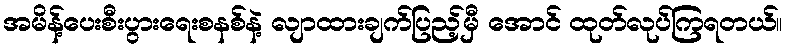
အမိန့်ပေးစီးပွားရေးစနစ်နဲ့ လျာထားချက်ပြည့်မှီ အောင် ထုတ်လုပ်ကြရတယ်။